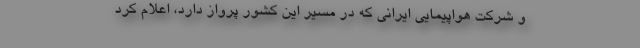
و شرکت هواپیمایی ایرانی که در مسیر این کشور پرواز دارد، اعلام کرد